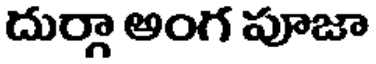
దుర్గా అంగ పూజా